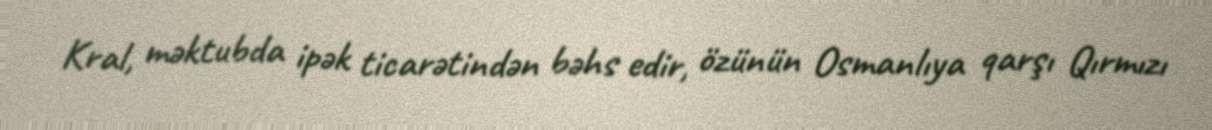
Kral, məktubda ipək ticarətindən bəhs edir, özünün Osmanlıya qarşı Qırmızı